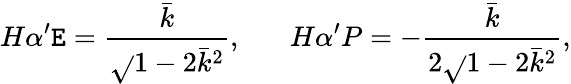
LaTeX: H\alpha^{\prime}\mathtt{E}=\frac{{\bar{{k}}}}{{\sqrt{}{{1-2\bar{{k}}^{2}}}}},\; \; \; \; \; \; H\alpha^{\prime}P=-\frac{{\bar{{k}}}}{{2\sqrt{}{{1-2\bar{{k}}^{2}}}}},